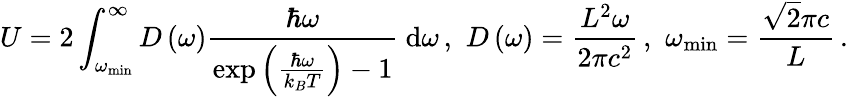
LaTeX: U=2\int_{\omega_{\operatorname*{min}}}^{\infty}D\left(\omega\right)\frac{\hbar\omega}{\exp\left(\frac{\hbar\omega}{k_{B}T}\right)-1}~\mathrm{d}\omega\, ,\, \, D\left(\omega\right)=\frac{L^{2}\omega}{2\pi c^{2}}\, ,\, \, \omega_{\operatorname*{min}}=\frac{\sqrt{2}\pi c}{L}\, .